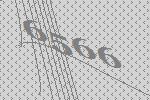
6566